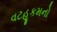
વટહૂકમનો